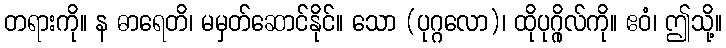
တရားကို။ န ဓာရေတိ၊ မမှတ်ဆောင်နိုင်။ သော (ပုဂ္ဂလော)၊ ထိုပုဂ္ဂိုလ်ကို။ ဧဝံ၊ ဤသို့။